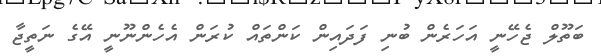
ބަތޫލް ޖެހޭނީ އަހަރެން ބުނި ފަދައިން ކަންތައް ކުރަން އެހެންނޫނީ އޭގެ ނަތީޖާ